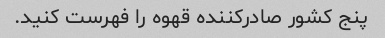
پنج کشور صادرکننده قهوه را فهرست کنید.